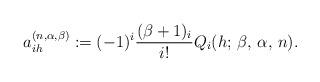
LaTeX: \begin{align*}a_{ih}^{(n,\alpha,\beta)} := (-1)^{i}\frac{(\beta+1)_i}{i!}Q_{i}(h;\,\beta,\,\alpha,\,n).\end{align*}